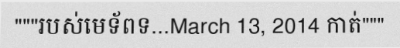
"""របស់មេទ័ពទ...March 13, 2014 កាត់"""